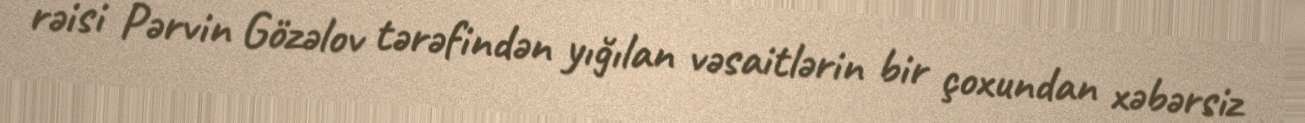
rəisi Pərvin Gözəlov tərəfindən yığılan vəsaitlərin bir çoxundan xəbərsiz